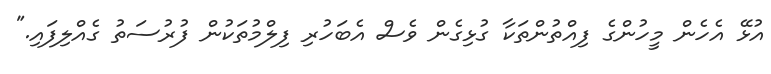
އުޅޭ އެހެން މީހުންގެ ފިއްތުންތަކާ ގުޅިގެން ވެސް އެބަހުރި ފިލްމުތަކުން ފުރުސަތު ގެއްލިފައި."